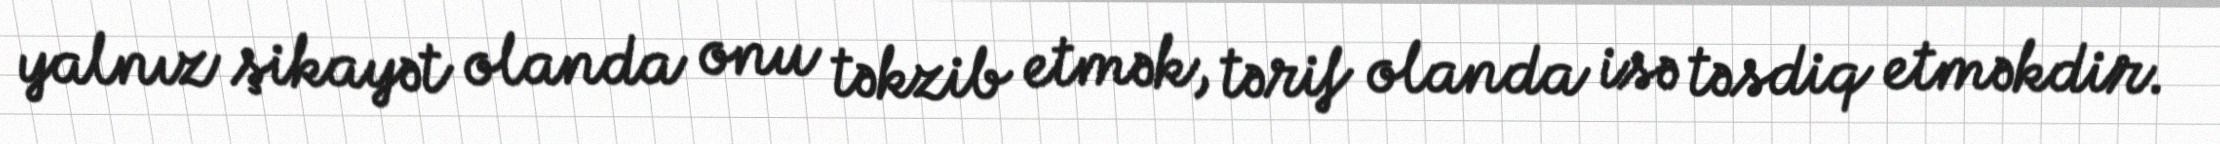
yalnız şikayət olanda onu təkzib etmək, tərif olanda isə təsdiq etməkdir.